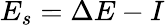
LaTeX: E_{s}=\Delta E-I